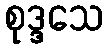
စုဒ္ဒသေ